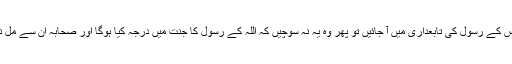
جو اللہ اور اس کے رسول کی تابعداری میں آ جائیں تو پھر وہ یہ نہ سوچیں کہ اللہ کے رسول کا جنت میں درجہ کیا ہوگا اور صحابہ ان سے مل نہ سکیں گے۔